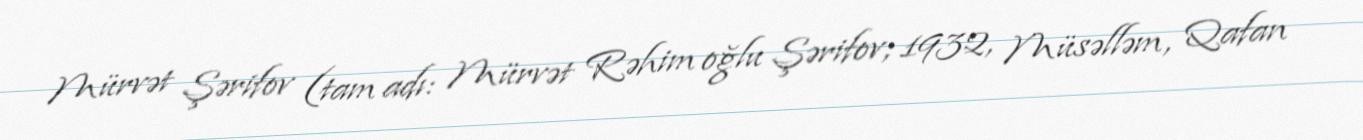
Mürvət Şərifov (tam adı: Mürvət Rəhim oğlu Şərifov; 1932, Müsəlləm, Qafan